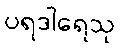
ပရဒါရေသု